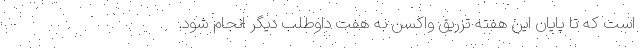
است که تا پایان این هفته تزریق واکسن به هفت داوطلب دیگر انجام شود.